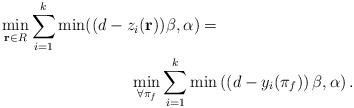
LaTeX: \begin{align*}\min_{\mathbf{r}\in R}\sum_{i=1}^{k}\min ((d-z_i(\mathbf{r}))\beta,\alpha)=&\\\min_{\forall \pi_f} \sum_{i=1}^{k}\min &\left(\left(d-y_i(\pi_f)\right)\beta,\alpha\right).\end{align*}